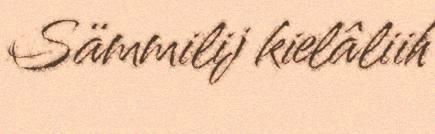
Sämmilij kielâliih